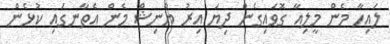
ލައިހާ މެން މީލިއާ ގޮވައިގެން ދިޔަ އިރު ޔާނިޝް މެން އެތާނގައި ކުޅެން